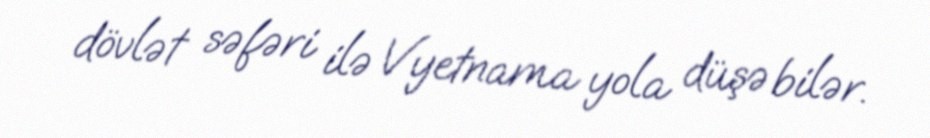
dövlət səfəri ilə Vyetnama yola düşə bilər.